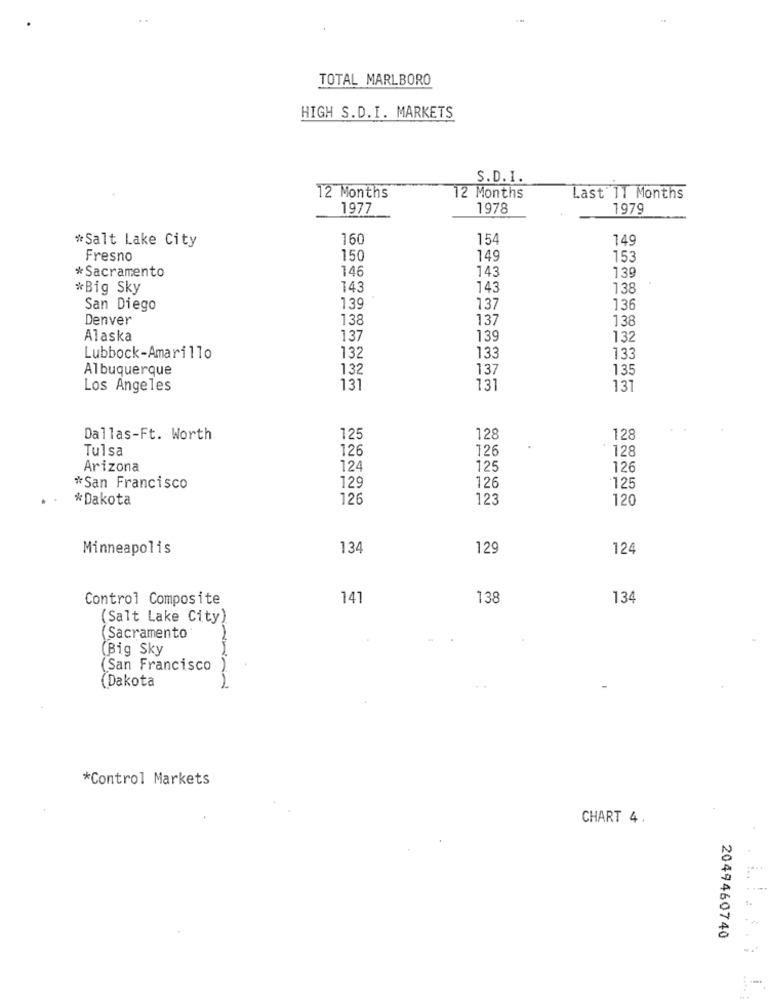
TOTAL MARLBORO
HIGH S.D.I. MARKETS
S.D.I.
12 Months
12 Months
Last 11 Months
1977
1978
1979
*Salt Lake City
160
154
149
Fresno
150
149
153
146
143
139
* Sacramento
*Big Sky
143
143
138
San Diego
139
137
136
Denver
138
137
138
Alaska
137
139
132
Lubbock-Amarillo
132
133
133
Albuquerque
132
137
135
Los Angeles
131
131
131
Dallas-Ft. Worth
125
128
128
Tulsa
126
126
128
Arizona
124
125
126
129
126
*San Francisco
125
* Dakota
126
123
120
Minneapolis
134
129
124
Control Composite
141
138
134
(Salt Lake City)
Sacramento
(Big Sky
(San Francisco
(Dakota
*Control Markets
CHART 4 .
i ..
2049460740
....